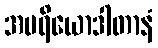
အပရိယောဒါတာနံ